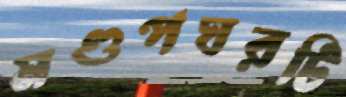
মণ্ডপঘরটি